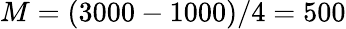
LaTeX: M=(3000-1000)/4=500